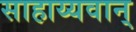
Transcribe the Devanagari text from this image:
साहाय्यवान्